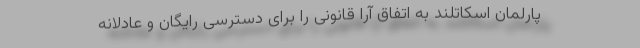
پارلمان اسکاتلند به اتفاق آرا قانونی را برای دسترسی رایگان و عادلانه